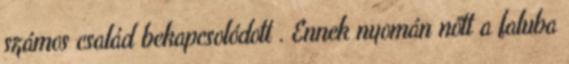
számos család bekapcsolódott . Ennek nyomán nőtt a faluba